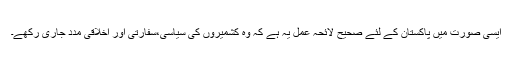
ایسی صورت میں پاکستان کے لئے صحیح لائحہ عمل یہ ہے کہ وہ کشمیروں کی سیاسی،سفارتی اور اخلاقی مدد جاری رکھے۔